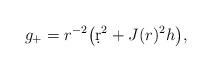
LaTeX: \begin{align*} g_+=r^{-2}\big(\d r^2+J(r)^2 h\big), \end{align*}